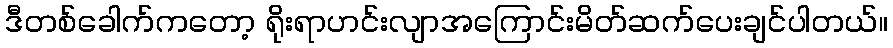
ဒီတစ်ခေါက်ကတော့ ရိုးရာဟင်းလျာအကြောင်းမိတ်ဆက်ပေးချင်ပါတယ်။